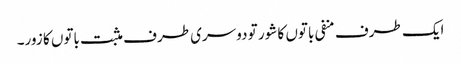
ایک طرف منفی باتوں کا شور تو دوسری طرف مثبت باتوں کا زور۔